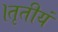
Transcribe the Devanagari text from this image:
।तृतीयं